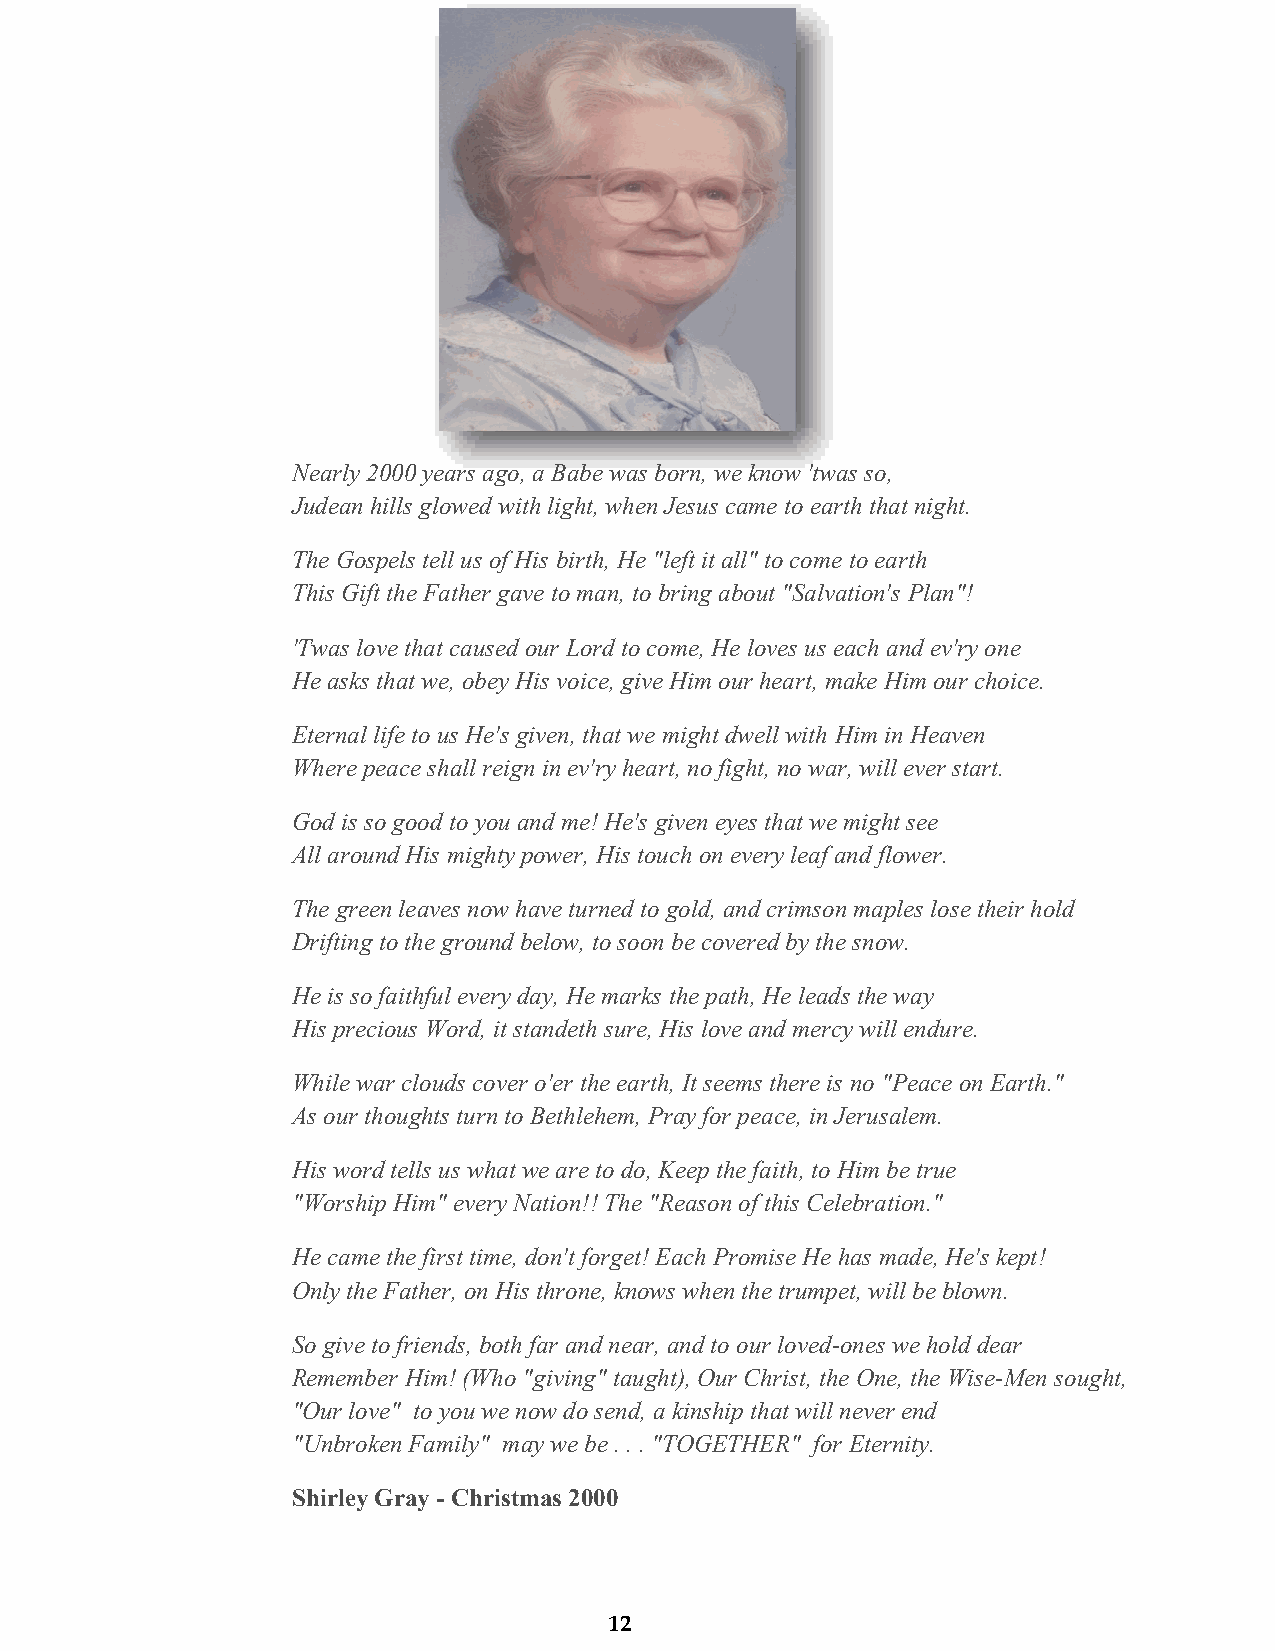
Nearly 2000 years ago, a Babe was born, we know 'twas so,
 Judean hills glowed with light, when Jesus came to earth that night.
 The Gospels tell us of His birth, He "left it all" to come to earth
 This Gift the Father gave to man, to bring about "Salvation's Plan"!
 'Twas love that caused our Lord to come, He loves us each and ev'ry one
 He asks that we, obey His voice, give Him our heart, make Him our choice.
 Eternal life to us He's given, that we might dwell with Him in Heaven
 Where peace shall reign in ev'ry heart, no fight, no war, will ever start.
 God is so good to you and me! He's given eyes that we might see
 All around His mighty power, His touch on every leaf and flower.
 The green leaves now have turned to gold, and crimson maples lose their hold
 Drifting to the ground below, to soon be covered by the snow.
 He is so faithful every day, He marks the path, He leads the way
 His precious Word, it standeth sure, His love and mercy will endure.
 While war clouds cover o'er the earth, It seems there is no "Peace on Earth."
 As our thoughts turn to Bethlehem, Pray for peace, in Jerusalem.
 His word tells us what we are to do, Keep the faith, to Him be true
 "Worship Him" every Nation!! The "Reason of this Celebration."
 He came the first time, don't forget! Each Promise He has made, He's kept!
 Only the Father, on His throne, knows when the trumpet, will be blown.
 So give to friends, both far and near, and to our loved-ones we hold dear
 Remember Him! (Who "giving" taught), Our Christ, the One, the Wise-Men sought,
 "Our love" to you we now do send, a kinship that will never end
 "Unbroken Family" may we be . . . "TOGETHER" for Eternity.
 Shirley Gray - Christmas 2000
 12